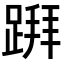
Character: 𨃅